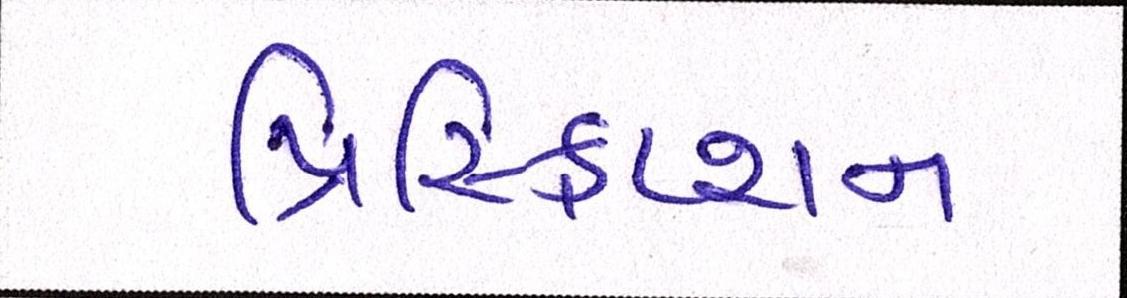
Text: પ્રિસ્ક્રિપ્શન